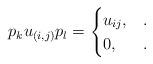
LaTeX: \begin{align*} p_k u_{(i,j)} p_l = \begin{cases} u_{ij}, & .\\ 0, & . \end{cases}\end{align*}